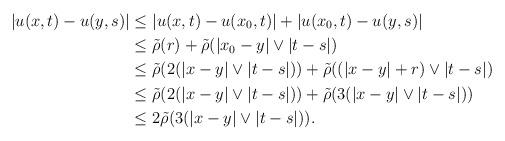
LaTeX: \begin{align*} |u(x,t)-u(y,s)|&\le |u(x,t)-u(x_0,t)|+|u(x_0,t)-u(y,s)|\\ &\le \tilde\rho(r)+\tilde\rho(|x_0-y|\vee |t-s|)\\ &\le \tilde\rho(2(|x-y|\vee|t-s|))+\tilde\rho((|x-y|+r)\vee |t-s|)\\ &\le \tilde\rho(2(|x-y|\vee|t-s|))+\tilde\rho(3(|x-y|\vee |t-s|))\\ &\le 2\tilde\rho(3(|x-y|\vee |t-s|)). \end{align*}